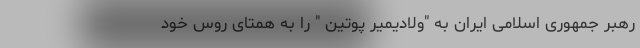
رهبر جمهوری اسلامی ایران به "ولادیمیر پوتین " را به همتای روس خود